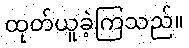
ထုတ်ယူခဲ့ကြသည်။